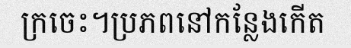
ក្រចេះ។ប្រភពនៅកន្លែងកើត